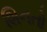
શિનતો